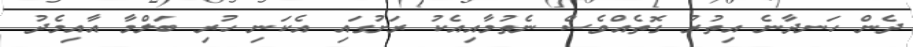
ދެން ހަނދާނެ އިތުރު ގޮތެއްވެސް ނެތުމާއިއެކު ރަށުގައި އެކަނި ހުރި ބަލްމާ އާއިމެދު